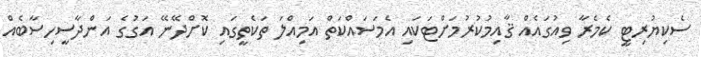
ސެކިޔުރިޓީ ކެމެރާ ވިއުގައެއް ޤާއިމުކުރުމަށްޓަކައި އެމަސައްކަތް އަމިއްލަ ތަކެތީގައި ކޮށްދޭނޭ އަގުގެ އަންދާސީހިސާބެއް